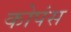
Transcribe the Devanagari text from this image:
कोपंस